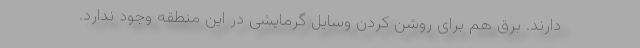
دارند. برق هم برای روشن کردن وسایل گرمایشی در این منطقه وجود ندارد.